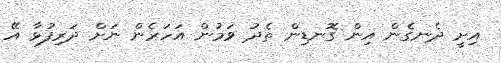
އިށީ ދެނގެން އިން ގޮނޑިން ތެދު ވަމުން އަހަރެން ނަށް ދަރިފުޅާ އޭ